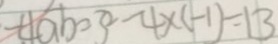
- 4 a b = 3 ^ { 2 } - 4 \times ( - 1 ) = 1 3